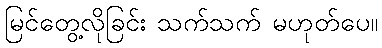
မြင်တွေ့လိုခြင်း သက်သက် မဟုတ်ပေ။